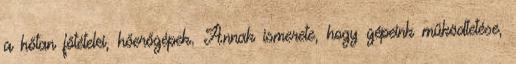
a hőtan főtételei, hőerőgépek. Annak ismerete, hogy gépeink működtetése,